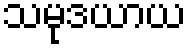
သမုဒယာယ